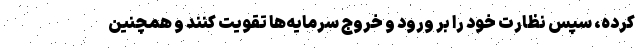
کرده، سپس نظارت خود را بر ورود و خروج سرمایه‌ها تقویت کنند و همچنین